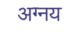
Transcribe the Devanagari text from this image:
अग्नय